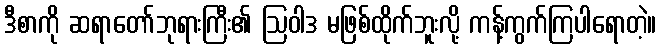
ဒီစာကို ဆရာတော်ဘုရားကြီး၏ ဩဝါဒ မဖြစ်ထိုက်ဘူးလို့ ကန့်ကွက်ကြပါရောတဲ့။